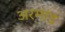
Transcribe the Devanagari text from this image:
अरमांड